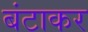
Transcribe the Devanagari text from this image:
बंटाकर